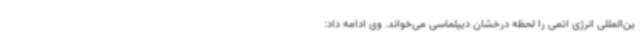
ین‌المللی انرژی اتمی را لحظه درخشان دیپلماسی می‌خواند. وی ادامه داد: